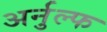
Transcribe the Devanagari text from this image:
अर्नुल्फ